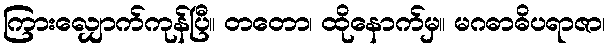
ကြားလျှောက်ကုန်ပြီ။ တတော၊ ထိုနောက်မှ။ မဂဓာဓိပရာဇာ၊